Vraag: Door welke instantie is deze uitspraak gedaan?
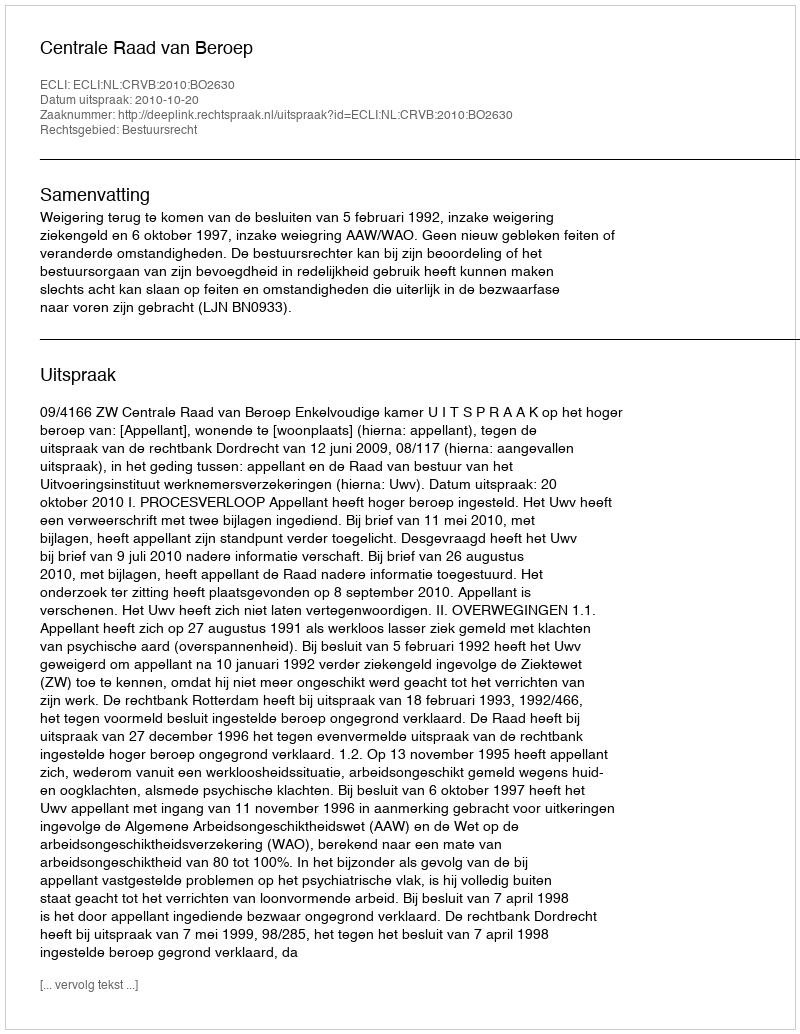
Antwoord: Centrale Raad van Beroep